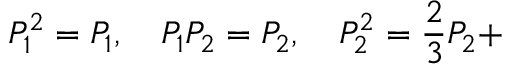
P _ { 1 } ^ { 2 } = P _ { 1 } , \quad P _ { 1 } P _ { 2 } = P _ { 2 } , \quad P _ { 2 } ^ { 2 } = \frac { 2 } { 3 } P _ { 2 } +